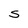
Character: S